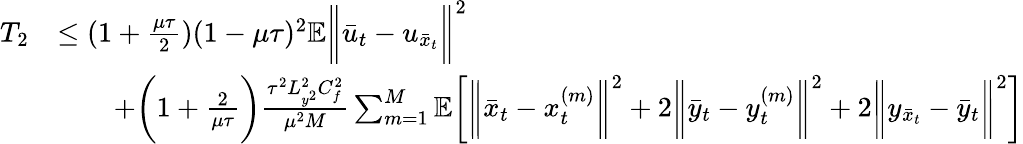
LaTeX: \begin{array}{rl}{T_{2}}&{\leq(1+\frac{\mu\tau}{2})(1-\mu\tau)^{2}\mathbb{E}\bigg\| \bar{u}_{t}-u_{\bar{x}_{t}}\bigg\| ^{2}}\\ &{\qquad+\bigg(1+\frac{2}{\mu\tau}\bigg)\frac{\tau^{2}L_{y^{2}}^{2}C_{f}^{2}}{\mu^{2}M}\sum_{m=1}^{M}\mathbb{E}\bigg[\bigg\| \bar{x}_{t}-x_{t}^{(m)}\bigg\| ^{2}+2\bigg\| \bar{y}_{t}-y_{t}^{(m)}\bigg\| ^{2}+2\bigg\| y_{\bar{x}_{t}}-\bar{y}_{t}\bigg\| ^{2}\bigg]}\end{array}